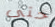
حتى